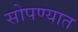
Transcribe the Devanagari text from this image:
सोपण्यात